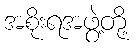
အစိုးရအဖွဲ့တို့